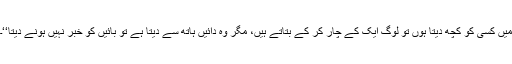
میں کسی کو کچھ دیتا ہوں تو لوگ ایک کے چار کر کے بتاتے ہیں، مگر وہ دائیں ہاتھ سے دیتا ہے تو بائیں کو خبر نہیں ہونے دیتا‘‘۔